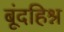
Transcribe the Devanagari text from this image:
बूंदहिश्न